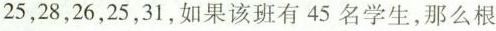
25，28，26，25，31，如果该班有45名学生，那么根